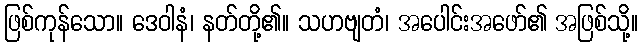
ဖြစ်ကုန်သော။ ဒေဝါနံ၊ နတ်တို့၏။ သဟဗျတံ၊ အပေါင်းအဖော်၏ အဖြစ်သို့။